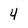
Character: 4